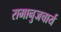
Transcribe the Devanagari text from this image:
रामानुजचार्य